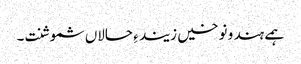
ہمے ہند و نوخیں زیند ءِ حالاں شموشنت۔